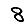
Digit: 8